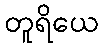
တူရိယေ